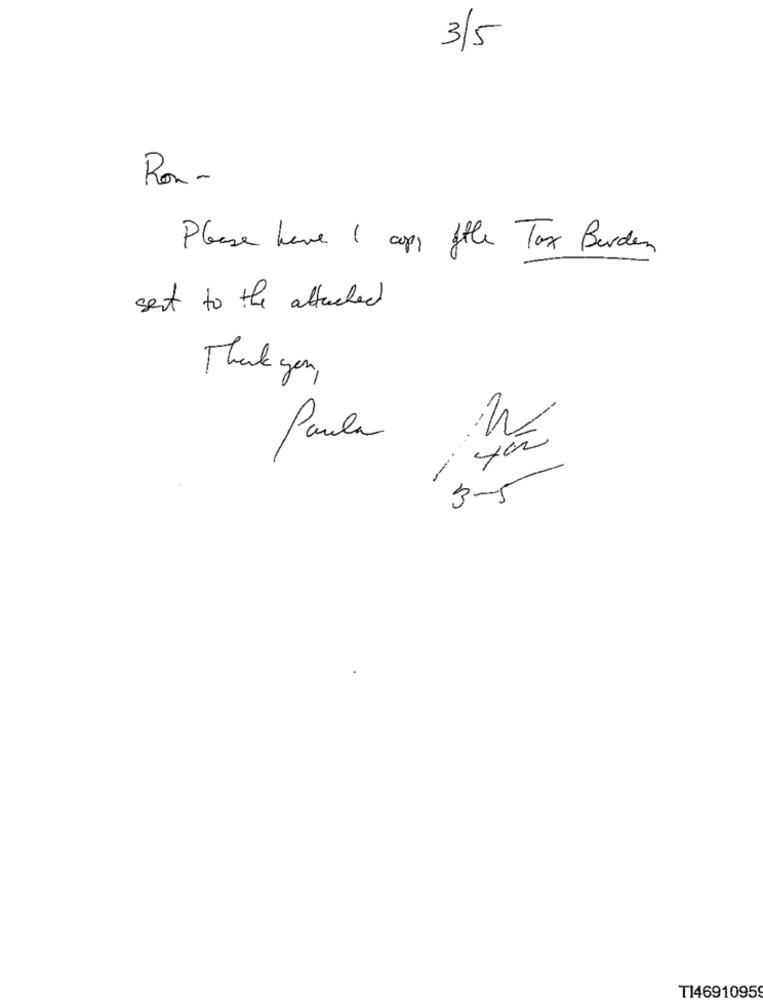
3/5
Ron-
Please have 1 cops ftle Tax Burden
sent to the attached
Thank you
Paula
ção
5
TI46910959